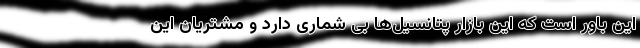
این باور است که این بازار پتانسیل‌ها بی شماری دارد و مشتریان این